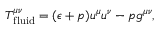
T _ { \mathrm { f l u i d } } ^ { \mu \nu } = ( \epsilon + p ) u ^ { \mu } u ^ { \nu } - p g ^ { \mu \nu } ,